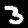
Digit: 3